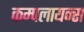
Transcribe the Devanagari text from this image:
कम्पलायन्स